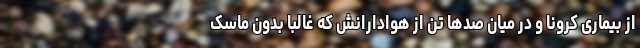
از بیماری کرونا و در میان صدها تن از هوادارانش که غالبا بدون ماسک